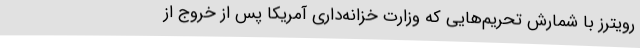
رویترز با شمارش تحریم‌هایی که وزارت خزانه‌داری آمریکا پس از خروج از